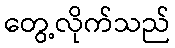
တွေ့လိုက်သည်